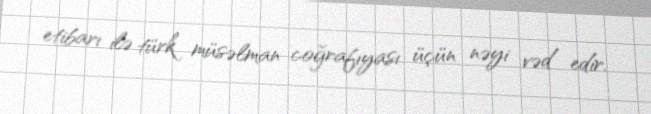
etibarı ilə türk müsəlman coğrafıyası üçün nəyi vəd edir.